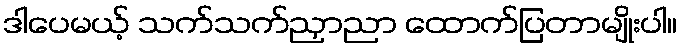
ဒါပေမယ့် သက်သက်ညှာညာ ထောက်ပြတာမျိုးပါ။